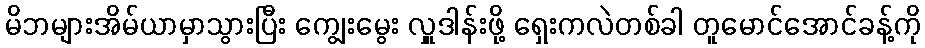
မိဘများအိမ်ယာမှာသွားပြီး ကျွေးမွေး လှူဒါန်းဖို့ ရှေးကလဲတစ်ခါ တူမောင်အောင်ခန့်ကို